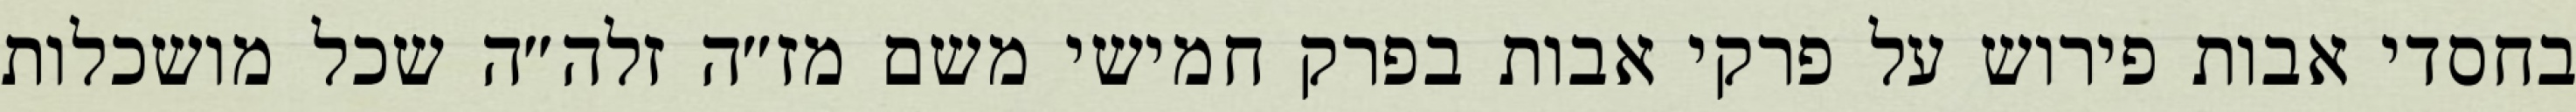
בחסדי אבות פירוש על פרקי אבות בפרק חמישי משם מז״ה זלה״ה שכל מושכלות